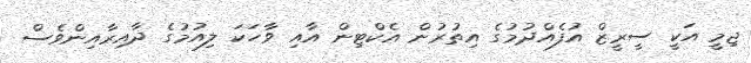
ޖިމީ އަކީ ސީރީޒް އުފެއްދުމުގެ އިތުރުން އެކްޓިން އާއި ވާހަކަ ލިއުމުގެ ދާއިރާއިންވެސް